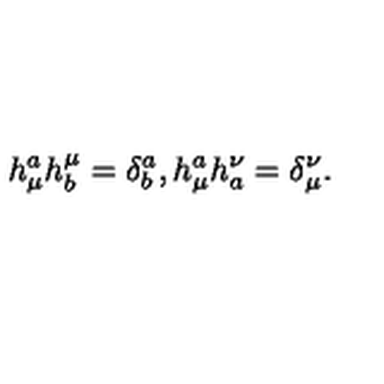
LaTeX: h _ { \mu } ^ { a } h _ { b } ^ { \mu } = \delta _ { b } ^ { a } , h _ { \mu } ^ { a } h _ { a } ^ { \nu } = \delta _ { \mu } ^ { \nu } .